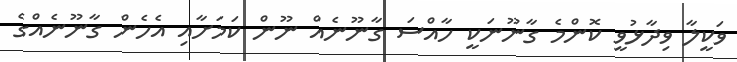
ވަކީލާ ވިދާޅުވީ ކޮންމެ ގާނޫނަކީ ހާއްސަ ގާނޫނެއް ނޫން ކަމަށާއި އެހެން ގާނޫނެއްގެ